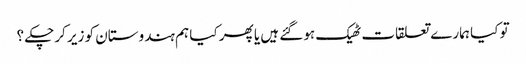
تو کیا ہمارے تعلقات ٹھیک ہوگئے ہیں یا پھر کیا ہم ہندوستان کو زیر کرچکے ؟